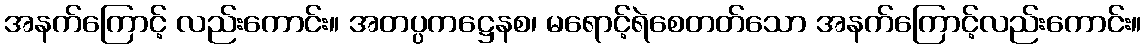
အနက်ကြောင့် လည်းကောင်း။ အတပ္ပကဋ္ဌေနစ၊ မရောင့်ရဲစေတတ်သော အနက်ကြောင့်လည်းကောင်း။